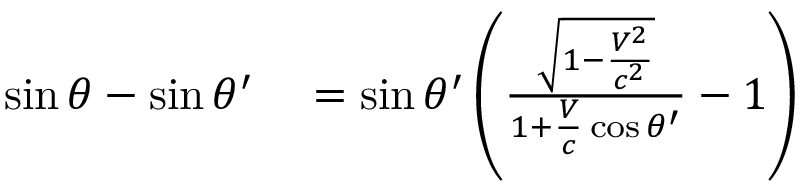
\begin{array} { r l } { \sin \theta - \sin \theta ^ { \prime } } & { { } = \sin \theta ^ { \prime } \left( { \frac { \sqrt { 1 - { \frac { V ^ { 2 } } { c ^ { 2 } } } } } { 1 + { \frac { V } { c } } \cos \theta ^ { \prime } } } - 1 \right) } \end{array}